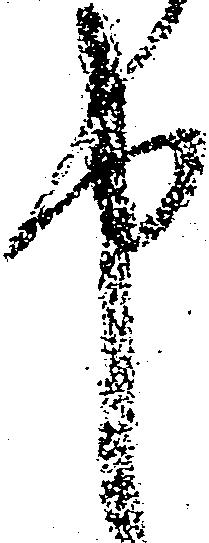
申